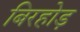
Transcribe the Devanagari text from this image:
बिरहोड़